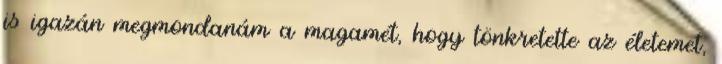
is igazán megmondanám a magamét, hogy tönkretette az életemet,